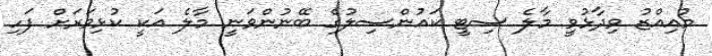
މުއިއްޒު ވިދާޅުވީ މާލެ ސިޓީ ކައުންސިލުގެ ބޭނުންވަނީ މާލެ އަކީ ކުޅިވަރަށް ފަހި